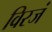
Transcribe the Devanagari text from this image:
विरजं